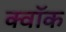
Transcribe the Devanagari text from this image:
क्वॉक